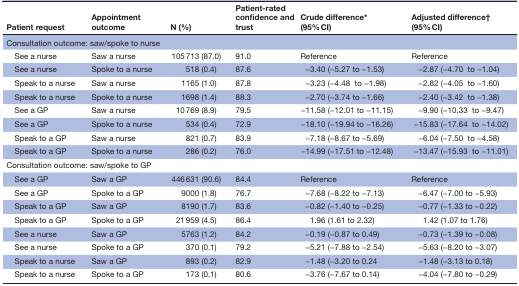
<table><thead><tr><td><b>Patient request</b></td><td><b>Appointment outcome</b></td><td><b>N (%)</b></td><td><b>Patient-rated confidence and trust</b></td><td><b>Crude difference* (95% CI)</b></td><td><b>Adjusted difference† (95% CI)</b></td></tr></thead><tbody><tr><td colspan="6">Consultation outcome: saw/spoke to nurse</td></tr><tr><td> See a nurse</td><td>Saw a nurse</td><td>105 713 (87.0)</td><td>91.0</td><td>Reference</td><td>Reference</td></tr><tr><td> See a nurse</td><td>Spoke to a nurse</td><td>518 (0.4)</td><td>87.6</td><td>−3.40 (−5.27 to −1.53)</td><td>−2.87 (−4.70 to −1.04)</td></tr><tr><td> Speak to a nurse</td><td>Saw a nurse</td><td>1165 (1.0)</td><td>87.8</td><td>−3.23 (−4.48 to −1.98)</td><td>−2.82 (−4.05 to −1.60)</td></tr><tr><td> Speak to a nurse</td><td>Spoke to a nurse</td><td>1698 (1.4)</td><td>88.3</td><td>−2.70 (−3.74 to −1.66)</td><td>−2.40 (−3.42 to −1.38)</td></tr><tr><td> See a GP</td><td>Saw a nurse</td><td>10 769 (8.9)</td><td>79.5</td><td>−11.58 (−12.01 to −11.15)</td><td>−9.90 (−10.33 to −9.47)</td></tr><tr><td> See a GP</td><td>Spoke to a nurse</td><td>534 (0.4)</td><td>72.9</td><td>−18.10 (−19.94 to −16.26)</td><td>−15.83 (−17.64 to −14.02)</td></tr><tr><td> Speak to a GP</td><td>Saw a nurse</td><td>821 (0.7)</td><td>83.9</td><td>−7.18 (−8.67 to −5.69)</td><td>−6.04 (−7.50 to −4.58)</td></tr><tr><td> Speak to a GP</td><td>Spoke to a nurse</td><td>286 (0.2)</td><td>76.0</td><td>−14.99 (−17.51 to −12.48)</td><td>−13.47 (−15.93 to −11.01)</td></tr><tr><td colspan="6">Consultation outcome: saw/spoke to GP</td></tr><tr><td> See a GP</td><td>Saw a GP</td><td>446 631 (90.6)</td><td>84.4</td><td>Reference</td><td>Reference</td></tr><tr><td> See a GP</td><td>Spoke to a GP</td><td>9000 (1.8)</td><td>76.7</td><td>−7.68 (−8.22 to −7.13)</td><td>−6.47 (−7.00 to −5.93)</td></tr><tr><td> Speak to a GP</td><td>Saw a GP</td><td>8190 (1.7)</td><td>83.6</td><td>−0.82 (−1.40 to −0.25)</td><td>−0.77 (−1.33 to −0.22)</td></tr><tr><td> Speak to a GP</td><td>Spoke to a GP</td><td>21 959 (4.5)</td><td>86.4</td><td>1.96 (1.61 to 2.32)</td><td>1.42 (1.07 to 1.76)</td></tr><tr><td> See a nurse</td><td>Saw a GP</td><td>5763 (1.2)</td><td>84.2</td><td>−0.19 (−0.87 to 0.49)</td><td>−0.73 (−1.39 to −0.08)</td></tr><tr><td> See a nurse</td><td>Spoke to a GP</td><td>370 (0.1)</td><td>79.2</td><td>−5.21 (−7.88 to −2.54)</td><td>−5.63 (−8.20 to −3.07)</td></tr><tr><td> Speak to a nurse</td><td>Saw a GP</td><td>893 (0.2)</td><td>82.9</td><td>−1.48 (−3.20 to 0.24</td><td>−1.48 (−3.13 to 0.18)</td></tr><tr><td> Speak to a nurse</td><td>Spoke to a GP</td><td>173 (0.1)</td><td>80.6</td><td>−3.76 (−7.67 to 0.14)</td><td>−4.04 (−7.80 to −0.29)</td></tr></tbody></table>